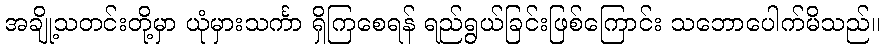
အချို့သတင်းတို့မှာ ယုံမှားသင်္ကာ ရှိကြစေရန် ရည်ရွယ်ခြင်းဖြစ်ကြောင်း သဘောပေါက်မိသည်။